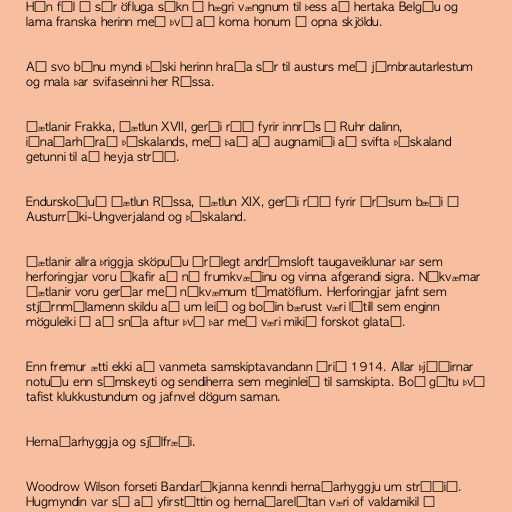
Hún fól í sér öfluga sókn á hægri vængnum til þess að hertaka Belgíu og
lama franska herinn með því að koma honum í opna skjöldu.

Að svo búnu myndi þýski herinn hraða sér til austurs með járnbrautarlestum
og mala þar svifaseinni her Rússa.

Áætlanir Frakka, áætlun XVII, gerði ráð fyrir innrás í Ruhr dalinn,
iðnaðarhérað Þýskalands, með það að augnamiði að svifta Þýskaland
getunni til að heyja stríð.

Endurskoðuð áætlun Rússa, áætlun XIX, gerði ráð fyrir árásum bæði á
Austurríki-Ungverjaland og Þýskaland.

Áætlanir allra þriggja sköpuðu órólegt andrúmsloft taugaveiklunar þar sem
herforingjar voru ákafir að ná frumkvæðinu og vinna afgerandi sigra. Nákvæmar
áætlanir voru gerðar með nákvæmum tímatöflum. Herforingjar jafnt sem
stjórnmálamenn skildu að um leið og boðin bærust væri lítill sem enginn
möguleiki á að snúa aftur því þar með væri mikið forskot glatað.

Enn fremur ætti ekki að vanmeta samskiptavandann árið 1914. Allar þjóðirnar
notuðu enn símskeyti og sendiherra sem meginleið til samskipta. Boð gátu því
tafist klukkustundum og jafnvel dögum saman.

Hernaðarhyggja og sjálfræði.

Woodrow Wilson forseti Bandaríkjanna kenndi hernaðarhyggju um stríðið.
Hugmyndin var sú að yfirstéttin og hernaðarelítan væri of valdamikil í